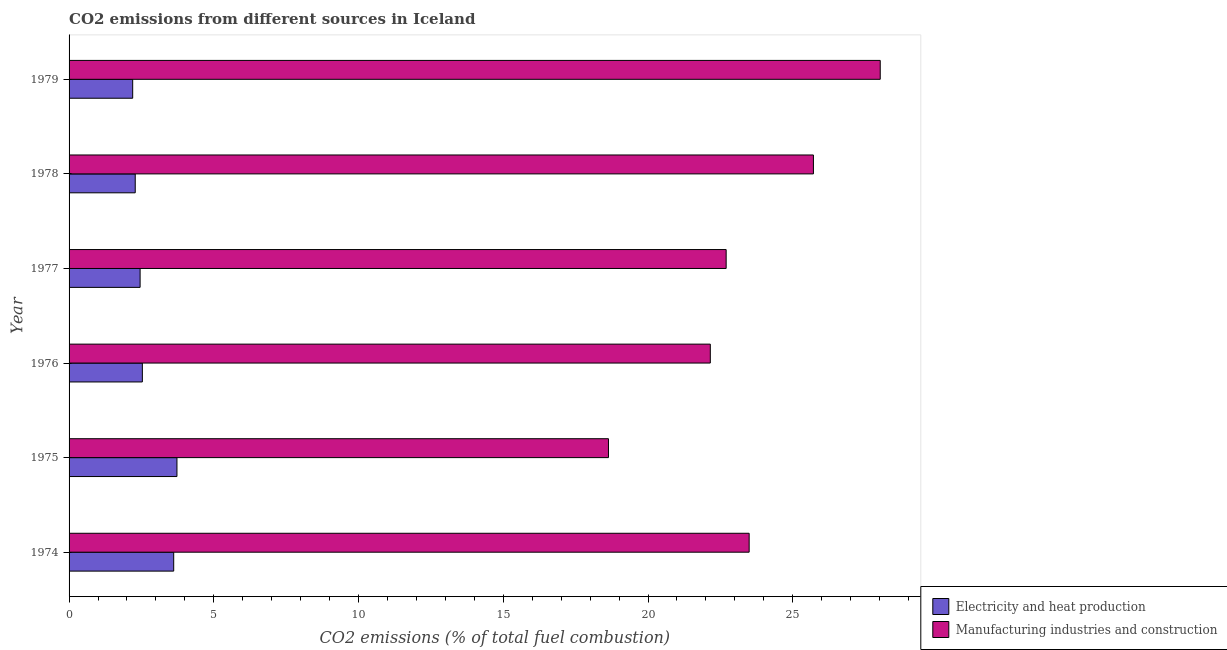
| Year | Electricity and heat production | Manufacturing industries and construction |
 | --- | --- | --- |
 | 1974 | 3.61 | 23.5 |
 | 1975 | 3.73 | 18.6 |
 | 1976 | 2.53 | 22.2 |
 | 1977 | 2.45 | 22.7 |
 | 1978 | 2.29 | 25.7 |
 | 1979 | 2.2 | 28 |